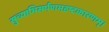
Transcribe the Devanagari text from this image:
सुच्याभिसर्पणमदृष्टकारणम्।